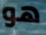
هو